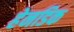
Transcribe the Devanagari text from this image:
हेनडिक